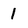
Character: 1